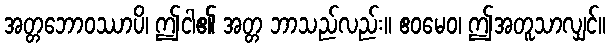
အတ္တဘောဝဿာပိ၊ ဤငါ၏ အတ္တ ဘာသည်လည်း။ ဧဝမေဝ၊ ဤအတူသာလျှင်။